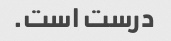
درست است.